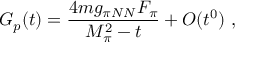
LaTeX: G _ { p } ( t ) = \frac { 4 m g _ { \pi N N } F _ { \pi } } { M _ { \pi } ^ { 2 } - t } + { \cal O } ( t ^ { 0 } ) ~ ,